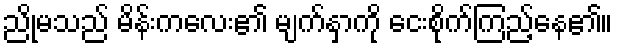
ညိုမသည် မိန်းကလေး၏ မျက်နှာကို ငေးစိုက်ကြည့်နေ၏။